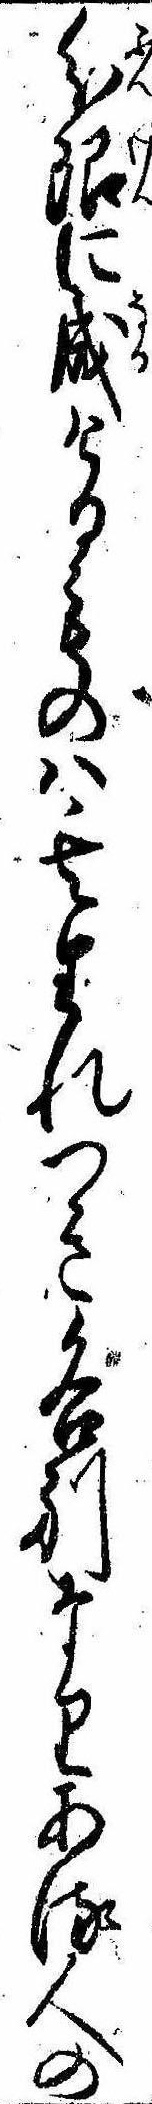
分限に成けるものは其生れつき各別なりある人の